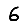
Digit: 6